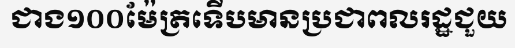
ជាង១០០ម៉ែត្រទើបមានប្រជាពលរដ្ឋជួយ